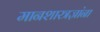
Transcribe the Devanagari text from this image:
मानशास्त्रज्ञांना